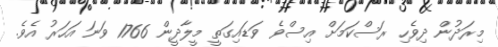
މިރަދުން ދިވެހި ރަސްކަމަށް އިސްވެ ވަޑައިގަތީ މީލާދީން 1766 ވަނަ އަހަރު އެވެ.